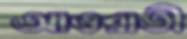
আওরাতী